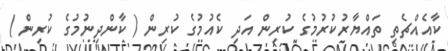
ކާއެއްޗެތި ތައްޔާރުކުރުމުގެ ކުރިން އަދި ކެއުމުގެ ކުރިން ( ކާންދިނުމުގެ ކުރިން )